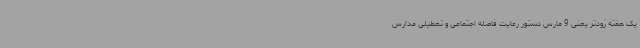
یک هفته زودتر یعنی 9 مارس دستور رعایت فاصله اجتماعی و تعطیلی مدارس